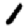
Digit: 1